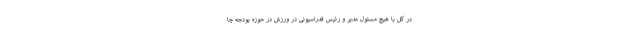
در کل با هیچ مسئول مدیر و رئیس فدراسیونی در ورزش در حوزه بودجه چا